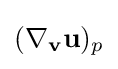
(\nabla _{\mathbf {v} }\mathbf {u} )_{p}